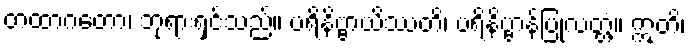
တထာဂတော၊ ဘုရားရှင်သည်။ ပရိနိဗ္ဗာယိဿတိ၊ ပရိနိဗ္ဗာန်ပြုလတ္တံ့။ ဣတိ၊